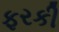
ફરકી